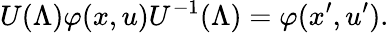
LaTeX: U(\Lambda)\varphi(x,u)U^{-1}(\Lambda)=\varphi(x^{\prime},u^{\prime}).